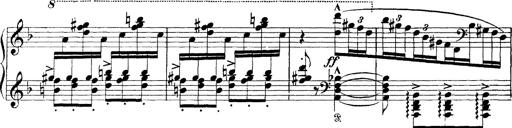
Title: Scherzo und Marsch
Composer: Franz Liszt